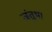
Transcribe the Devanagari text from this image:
जंतुभ।